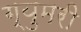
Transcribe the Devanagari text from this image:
ग्युमरी